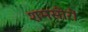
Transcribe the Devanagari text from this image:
शमसीरों